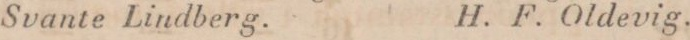
Svante Lindberg.    H. F. Oldevig.